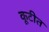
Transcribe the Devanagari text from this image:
कूटीत